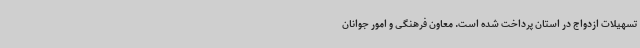
تسهیلات ازدواج در استان پرداخت شده است. معاون فرهنگی و امور جوانان